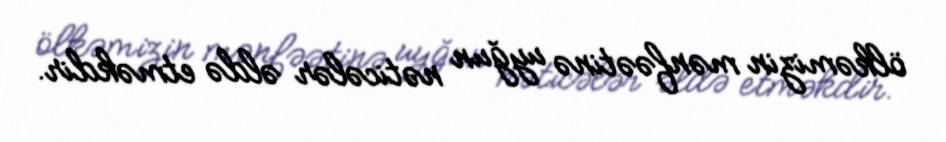
ölkəmizin mənfəətinə uyğun nəticələr əldə etməkdir.